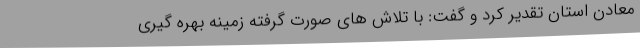
معادن استان تقدیر کرد و گفت: با تلاش های صورت گرفته زمینه بهره گیری